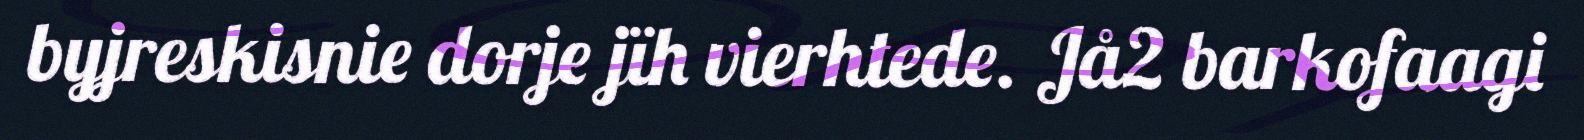
byjreskisnie dorje jïh vierhtede. Jå2 barkofaagi